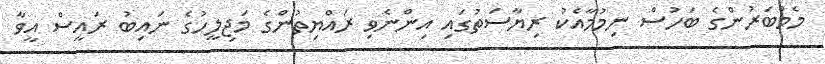
މެމްބަރުންގެ ބަހުސް ނިމުމާއެކު ރިޔާސަތުގައި އިންނެވި ރައްޔިތުންގެ މަޖިލީހުގެ ނައިބު ރައީސް އީވާ